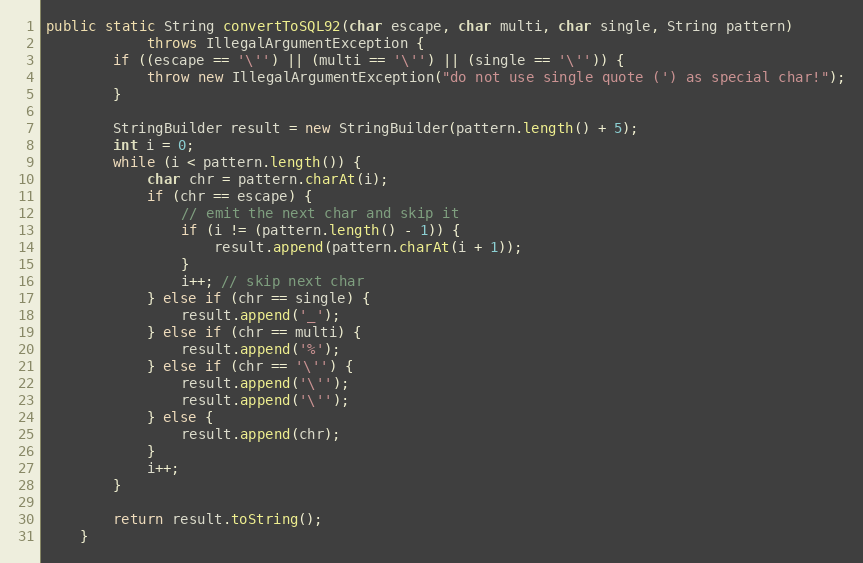
Language: Java
public static String convertToSQL92(char escape, char multi, char single, String pattern)
			throws IllegalArgumentException {
		if ((escape == '\'') || (multi == '\'') || (single == '\'')) {
			throw new IllegalArgumentException("do not use single quote (') as special char!");
		}

		StringBuilder result = new StringBuilder(pattern.length() + 5);
		int i = 0;
		while (i < pattern.length()) {
			char chr = pattern.charAt(i);
			if (chr == escape) {
				// emit the next char and skip it
				if (i != (pattern.length() - 1)) {
					result.append(pattern.charAt(i + 1));
				}
				i++; // skip next char
			} else if (chr == single) {
				result.append('_');
			} else if (chr == multi) {
				result.append('%');
			} else if (chr == '\'') {
				result.append('\'');
				result.append('\'');
			} else {
				result.append(chr);
			}
			i++;
		}

		return result.toString();
	}